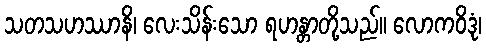
သတသဟဿာနိ၊ လေးသိန်းသော ရဟန္တာတို့သည်။ လောကဝိဒုံ၊